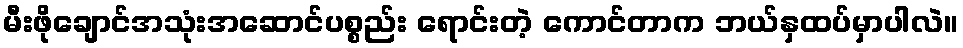
မီးဖိုချောင်အသုံးအဆောင်ပစ္စည်း ရောင်းတဲ့ ကောင်တာက ဘယ်နှထပ်မှာပါလဲ။